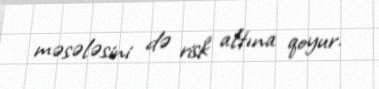
məsələsini də risk altına qoyur.